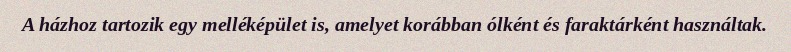
A házhoz tartozik egy melléképület is, amelyet korábban ólként és faraktárként használtak.